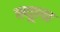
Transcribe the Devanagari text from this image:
फ्यूला